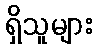
ရှိသူများ